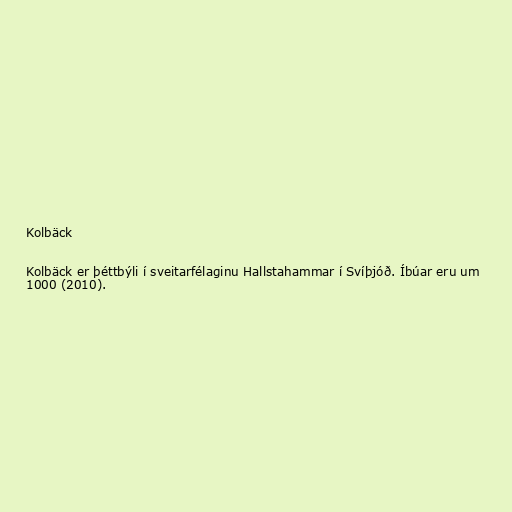
Kolbäck

Kolbäck er þéttbýli í sveitarfélaginu Hallstahammar í Svíþjóð. Íbúar eru um
1000 (2010).